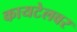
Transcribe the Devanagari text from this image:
कायटेलवर